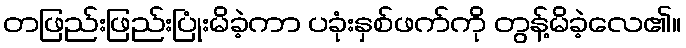
တဖြည်းဖြည်းပြုံးမိခဲ့ကာ ပခုံးနှစ်ဖက်ကို တွန့်မိခဲ့လေ၏။